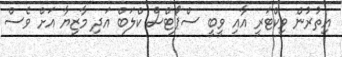
އިތުރުން ވިކްޓަރީ އާއި ވީބީ ސްޕޯޓްސް ކްލަބް އަދި މާޒިޔާ އަށް ވެސް